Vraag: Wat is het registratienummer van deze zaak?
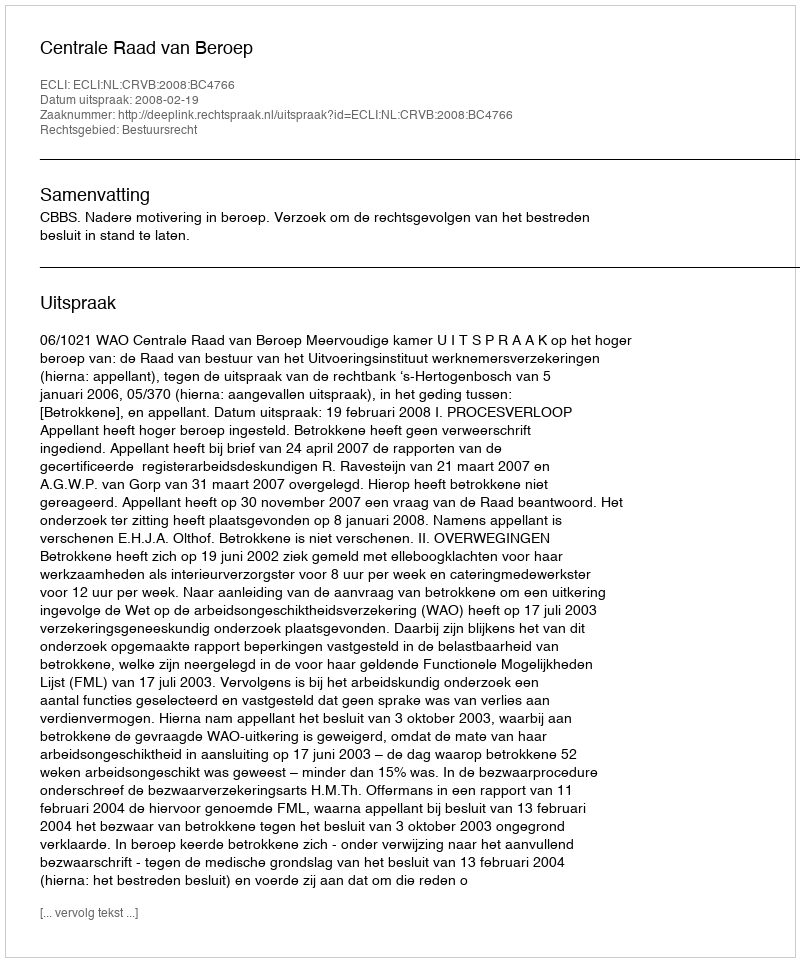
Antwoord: http://deeplink.rechtspraak.nl/uitspraak?id=ECLI:NL:CRVB:2008:BC4766